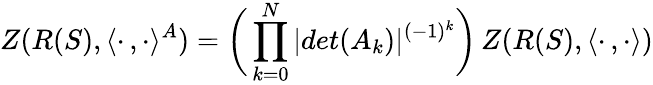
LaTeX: Z(R(S),\langle\cdot\, ,\cdot\rangle^{A})=\biggl(\, \prod_{k=0}^{N}|det(A_{k})|^{(-1)^{k}}\biggr)\, Z(R(S),\langle\cdot\, ,\cdot\rangle)